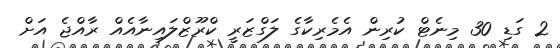
2 ގަޑި 30 މިނެޓް ކުރިން އެމެރިކާގެ ލަގްޒަރީ ކްރޫޒްލައިނާއެއް ރާއްޖެ އަށް